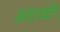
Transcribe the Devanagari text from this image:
अंतरध्वनि